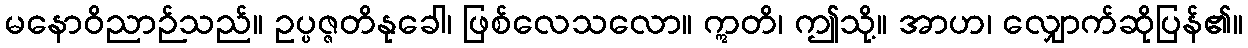
မနောဝိညာဉ်သည်။ ဥပ္ပဇ္ဇတိနုခေါ၊ ဖြစ်လေသလော။ ဣတိ၊ ဤသို့။ အာဟ၊ လျှောက်ဆိုပြန်၏။